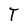
Character: T